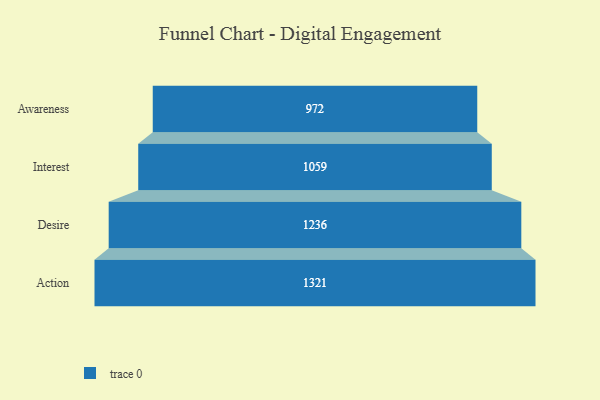
{"axis": {"x": "Stage", "y": "Value"}, "legend": [""], "data": [{"x": "Awareness", "y": 972.0, "type": ""}, {"x": "Interest", "y": 1059.0, "type": ""}, {"x": "Desire", "y": 1236.0, "type": ""}, {"x": "Action", "y": 1321.0, "type": ""}]}